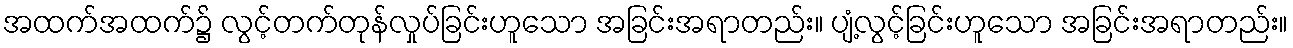
အထက်အထက်၌ လွင့်တက်တုန်လှုပ်ခြင်းဟူသော အခြင်းအရာတည်း။ ပျံ့လွင့်ခြင်းဟူသော အခြင်းအရာတည်း။